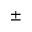
\pm